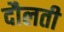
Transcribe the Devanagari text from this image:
दौलती